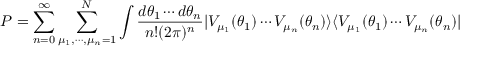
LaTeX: P = \sum _ { n = 0 } ^ { \infty } \sum _ { \mu _ { 1 } , \cdots , \mu _ { n } = 1 } ^ { N } \int { \frac { { d \theta _ { 1 } } \cdots { d \theta _ { n } } } { { n ! } ( 2 \pi ) ^ { n } } | V _ { \mu _ { 1 } } ( \theta _ { 1 } ) \cdots V _ { \mu _ { n } } ( \theta _ { n } ) \rangle \langle V _ { \mu _ { 1 } } ( \theta _ { 1 } ) \cdots V _ { \mu _ { n } } ( \theta _ { n } ) | }